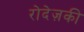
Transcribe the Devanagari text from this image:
रोदेज़की